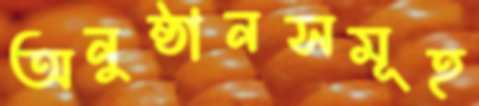
অনুষ্ঠানসমূহ